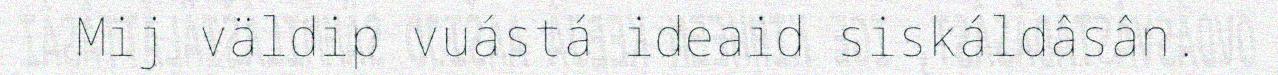
Mij väldip vuástá ideaid siskáldâsân.